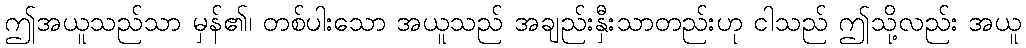
ဤအယူသည်သာ မှန်၏၊ တစ်ပါးသော အယူသည် အချည်းနှီးသာတည်းဟု ငါသည် ဤသို့လည်း အယူ